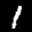
Label: 1